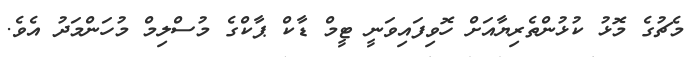
މެޗުގެ މޮޅު ކުޅުންތެރިޔާއަށް ހޮވިފައިވަނީ ޓީމް ޑާކް ޕާކްގެ މުސްލިމް މުހަންމަދު އެވެ.